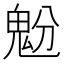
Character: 𩲝